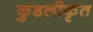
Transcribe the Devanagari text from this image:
कुडलीकृत